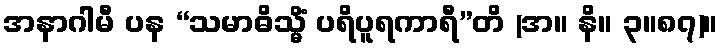
အနာဂါမီ ပန “သမာဓိသ္မိံ ပရိပူရကာရီ”တိ (အ။ နိ။ ၃။၈၇)။